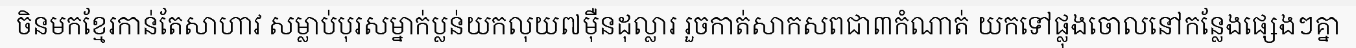
ចិនមកខ្មែរកាន់តែសាហាវ សម្លាប់បុរសម្នាក់ប្លន់យកលុយ៧ម៉ឺនដុល្លារ រួចកាត់សាកសពជា៣កំណាត់ យកទៅផ្លុងចោលនៅកន្លែងផ្សេងៗគ្នា